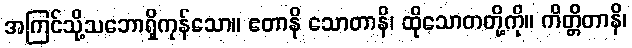
အကြင်သို့သဘောရှိကုန်သော။ ဧတာနိ သောတာနိ၊ ထိုသောတတို့ကို။ ကိတ္တိတာနိ၊